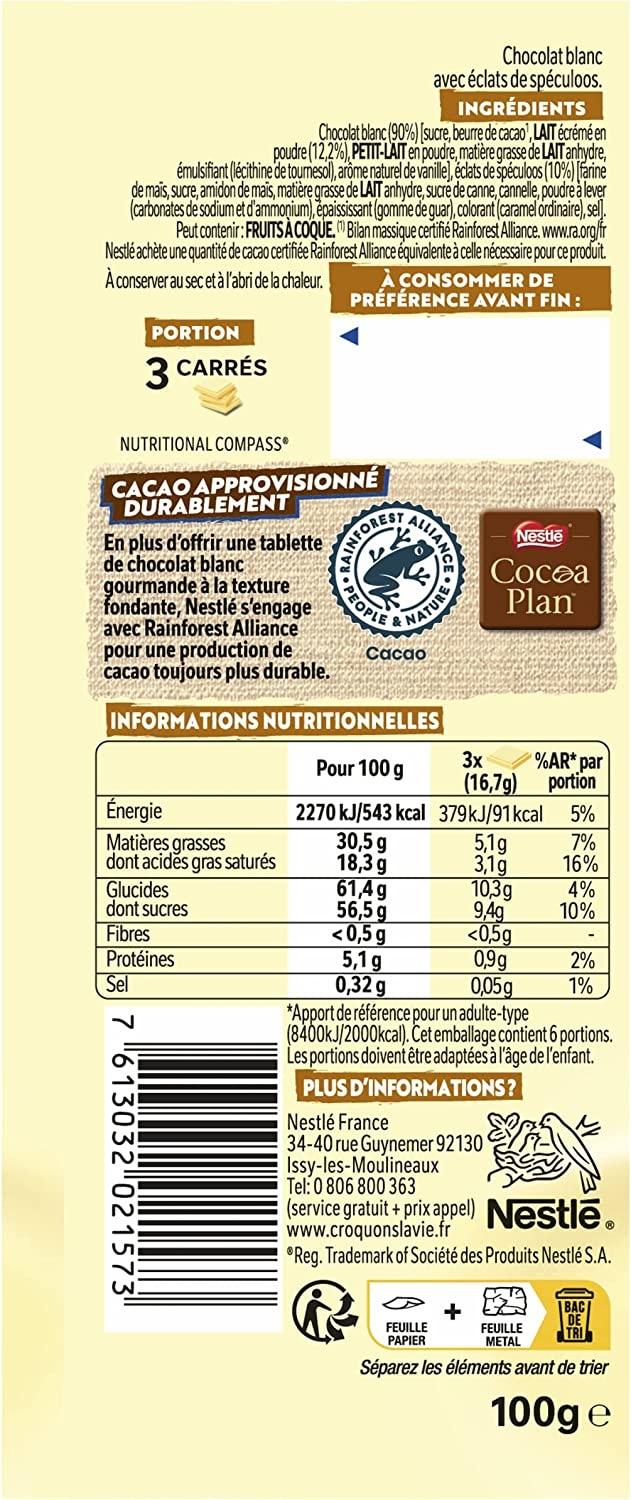
Chocolat blanc (90%) [sucre, beurre de cacao¹, LAIT écrémé en
poudre (12,2%), PETIT-LAIT en poudre, matière grasse de LAIT anhydre, émulsifiant (lécithine de tournesol), arôme naturel de vanille], éclats de spéculoos (10%) [farine de mais, sucre, amidon de mais, matière grasse de LAIT anhydre, sucre de canne, cannelle, poudre à lever (carbonates de sodium et d'ammonium), épaississant (gomme de guar), colorant (caramel ordinaire), sel].
Peut contenir: FRUITS À COQUE. Bilan massique certifié Rainforest Alliance.www.ra.org/fr Nestlé achète une quantité de cacao certifiée Rainforest Alliance équivalente à celle nécessaire pour ce produit. À conserver au sec et à l'abri de la chaleur. À CONSOMMER DE PRÉFÉRENCE AVANT FIN:
PORTION
3 CARRÉS
NUTRITIONAL COMPASS
CACAO APPROVISIONNÉ
DURABLEMENT
En plus d'offrir une tablette de chocolat blanc gourmande à la texture
fondante, Nestlé s'engage avec Rainforest Alliance
pour une production de cacao toujours plus durable. HAPPY
INFORMATIONS NUTRITIONNELLES
Énergie
Matières grasses dont acides gras saturés
Glucides
dont sucres
Fibres
Protéines
Sel
7 613032 021573
RAINFORE
ALLIANCE
PEOPLE
Chocolat blanc avec éclats de spéculoos. INGRÉDIENTS
Cacao
61,4g
56,5 g
<0,5 g
NATURE
Pour 100 g
2270 kJ/543 kcal
30,5 g
18,3 g
Nestle
Cocoa Plan
3x
(16,7g)
379kJ/91 kcal
5,1g
3,1g
/%AR* par
portion
+
10,3g
9,4g
<0,5g
0,9g
0,05g
5%
7%
16%
5,1g
0,32 g
*Apport de référence pour un adulte-type (8400kJ/2000kcal). Cet emballage contient 6 portions. Les portions doivent être adaptées à l'âge de l'enfant. PLUS D'INFORMATIONS?
4%
10%
Nestlé France
34-40 rue Guynemer 92130 Issy-les-Moulineaux Tel: 0 806 800 363
(service gratuit + prix appel) Nestlé. www.croquonslavie.fr
*Reg. Trademark of Société des Produits Nestlé S.A.
FEUILLE
METAL
2%
1%
DE
FEUILLE PAPIER
TRI
Séparez les éléments avant de trier
100g e